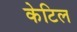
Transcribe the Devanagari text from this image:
केटिल